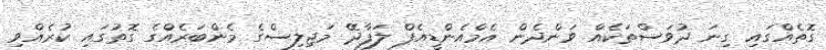
ގޮތެއްގައި ގިނަ ދުވަސްތަކެއް ވަންދެން އެމްއެންޑީއެފް ލަފާދޭ މަޖިލިސްގެ މެންބަރެއްގެ ގޮތުގައި ކުރެއްވި